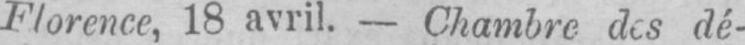
Florence, 18 avril. - Chambre des dé-